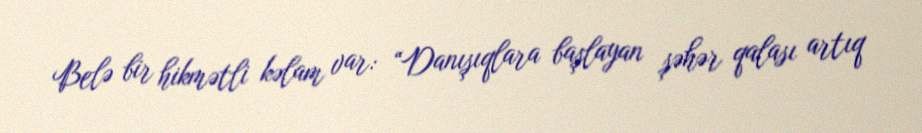
Belə bir hikmətli kəlam var: “Danışıqlara başlayan şəhər qalası artıq